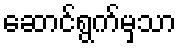
ဆောင်ရွက်မှသာ